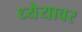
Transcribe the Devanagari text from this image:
ध्येयावर